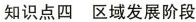
知识点四 区域发展阶段